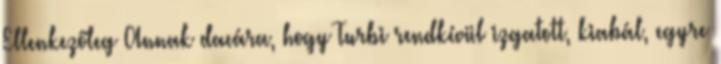
Ellenkezőleg Annak dacára, hogy Turbi rendkívül izgatott, kiabál, egyre